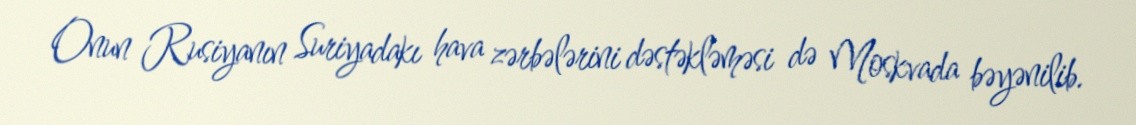
Onun Rusiyanın Suriyadakı hava zərbələrini dəstəkləməsi də Moskvada bəyənilib.